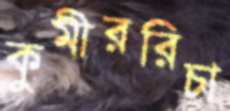
কুমীররিচা